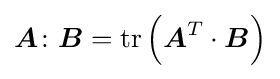
{\boldsymbol {A}}\colon {\boldsymbol {B}}=\mathrm {tr} \left({\boldsymbol {A}}^{T}\cdot {\boldsymbol {B}}\right)